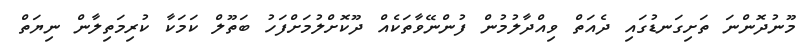
މޫނުދޮންނަ ތަށިގަނޑުގައި ދެއަތް ވިއްދާލުމުން ފުންނޭވާތަކެއް ދޫކޮށްލުމަށްފަހު ބަތޫލް ކަމަކާ ކުރިމަތިލާން ނިޔަތް